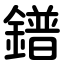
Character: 鐠